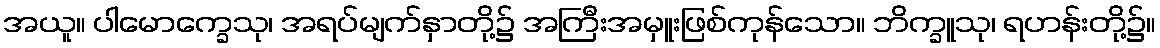
အယူ။ ပါမောက္ခေသု၊ အရပ်မျက်နှာတို့၌ အကြီးအမှူးဖြစ်ကုန်သော။ ဘိက္ခူသု၊ ရဟန်းတို့၌။